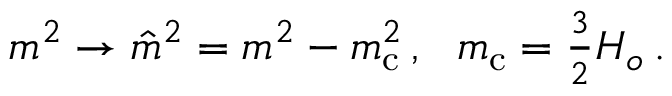
m ^ { 2 } \to \hat { m } ^ { 2 } = m ^ { 2 } - m _ { \mathrm { c } } ^ { 2 } \, , ~ ~ m _ { \mathrm { c } } = { \textstyle { \frac { 3 } { 2 } } } H _ { o } \, .